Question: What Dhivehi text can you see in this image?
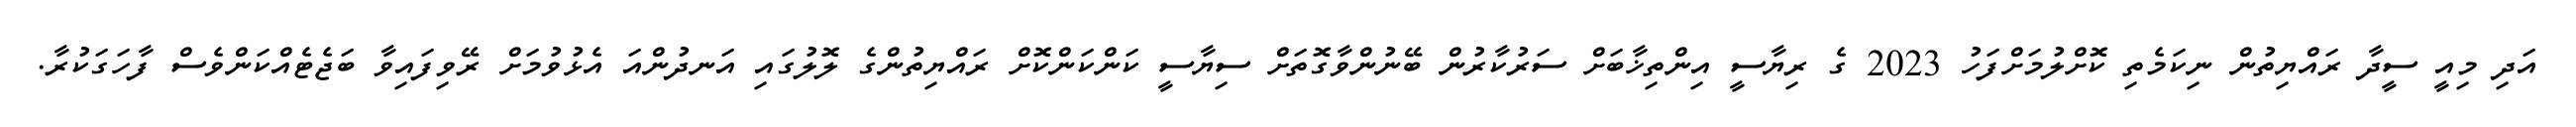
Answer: އަދި މިއީ ސީދާ ރައްޔިތުން ނިކަމެތި ކޮށްލުމަށްފަހު 2023 ގެ ރިޔާސީ އިންތިޚާބަށް ސަރުކާރުން ބޭނުންވާގޮތަށް ސިޔާސީ ކަންކަންކޮށް ރައްޔިތުންގެ ލޮލުގައި އަނދުންއަ އެޅުވުމަށް ރޭވިފައިވާ ބަޖެޓެއްކަންވެސް ފާހަގަކުރާ.